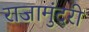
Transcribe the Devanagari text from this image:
राजामुंदरी